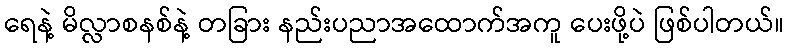
ရေနဲ့ မိလ္လာစနစ်နဲ့ တခြား နည်းပညာအထောက်အကူ ပေးဖို့ပဲ ဖြစ်ပါတယ်။